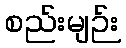
စည်းမျဉ်း